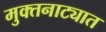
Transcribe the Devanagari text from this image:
मुक्तनाट्यात